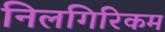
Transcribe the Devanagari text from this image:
निलगिरिकम